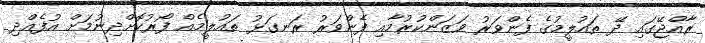
ރާއްޖޭގައި ދޭ ތައުލީމުގެ ފެންވަރު ވަޒަންކުރުމާއި ފެންވަރު ރަނގަޅު ތައުލީމެއް ފޯރުކޮށްދިނުމަށް އުފެއްދި